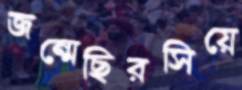
জন্মেছিরসিয়ে